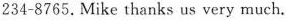
234-8765. Mike thanks us very much.